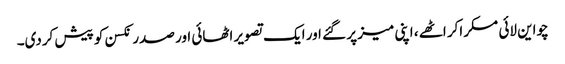
چواین لائی مسکراکر اٹھے ، اپنی میز پر گئے اور ایک تصویر اٹھائی اور صدر نکسن کو پیش کردی۔